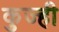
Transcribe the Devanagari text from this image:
कुज्ही